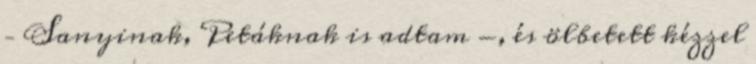
– Sanyinak, Petáknak is adtam -, és öl­betett kézzel